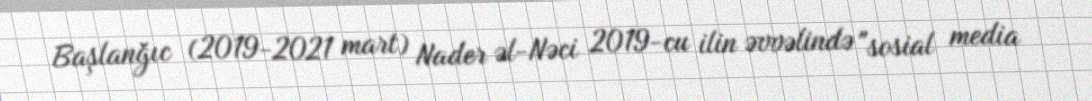
Başlanğıc (2019-2021 mart) Nader əl-Nəci 2019-cu ilin əvvəlində "sosial media